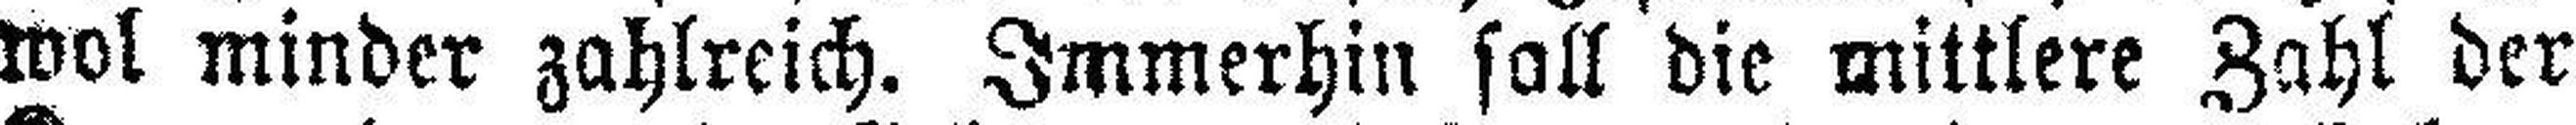
wvl minder zahlreich. Immerhin soll die mittlere Zahl der